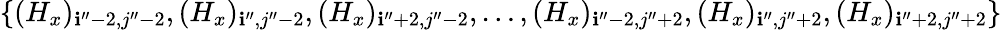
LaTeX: \{ (H_{x})_{\mathbf{i}^{\prime\prime}-2,j^{\prime\prime}-2},(H_{x})_{\mathbf{i}^{\prime\prime},j^{\prime\prime}-2},(H_{x})_{\mathbf{i}^{\prime\prime}+2,j^{\prime\prime}-2},\ldots,(H_{x})_{\mathbf{i}^{\prime\prime}-2,j^{\prime\prime}+2},(H_{x})_{\mathbf{i}^{\prime\prime},j^{\prime\prime}+2},(H_{x})_{\mathbf{i}^{\prime\prime}+2,j^{\prime\prime}+2}\}